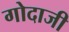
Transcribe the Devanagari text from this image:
गोदाजी